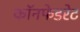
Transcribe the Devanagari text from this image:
कॉनफेडरेट